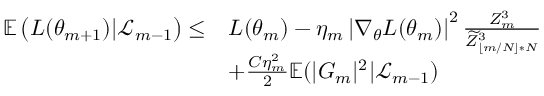
\begin{array} { r l } { \mathbb { E } \left( L ( \theta _ { m + 1 } ) | \mathcal { L } _ { m - 1 } \right) \leq } & { L ( \theta _ { m } ) - \eta _ { m } \left| \nabla _ { \theta } L ( \theta _ { m } ) \right| ^ { 2 } \frac { Z _ { m } ^ { 3 } } { \widetilde { Z } _ { \lfloor m / N \rfloor * N } ^ { 3 } } } \\ & { + \frac { C \eta _ { m } ^ { 2 } } { 2 } \mathbb { E } ( | G _ { m } | ^ { 2 } | \mathcal { L } _ { m - 1 } ) } \end{array}